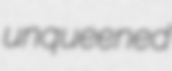
unqueened